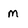
Character: m